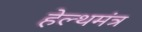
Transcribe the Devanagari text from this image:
हेल्थमंत्र